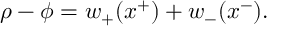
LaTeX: \rho - \phi = w _ { + } ( x ^ { + } ) + w _ { - } ( x ^ { - } ) .